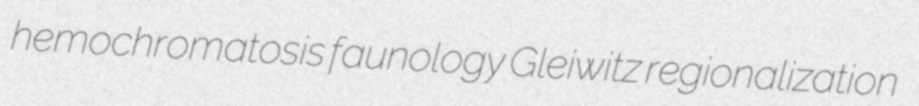
hemochromatosis faunology Gleiwitz regionalization